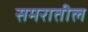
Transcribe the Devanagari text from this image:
समरातील